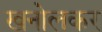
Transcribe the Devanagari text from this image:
खनोलकर